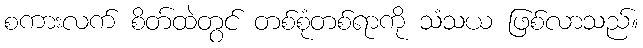
စကားလက် စိတ်ထဲတွင် တစ်စုံတစ်ရာကို သံသယ ဖြစ်လာသည်။